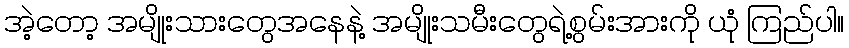
အဲ့တော့ အမျိုးသားတွေအနေနဲ့ အမျိုးသမီးတွေရဲ့စွမ်းအားကို ယုံ ကြည်ပါ။